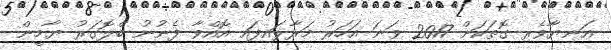
އަނިޔާވެރި ގޮތަކަށް 2017 ވަނަ އަހަރު މަރާލައިފައި އޮއްވާ ފެނުނު ބްލޮގަރު ޔާމީން